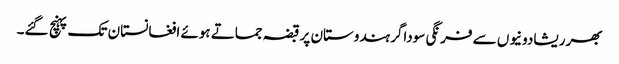
بھر ریشادونیوں سے فرنگی سوداگر ہندوستان پر قبضہ جماتے ہوئے افغانستان تک پہنچ گئے۔